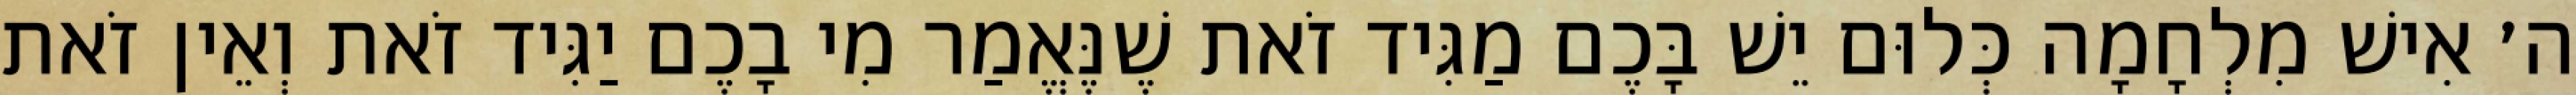
ה׳ אִישׁ מִלְחָמָה כְּלוּם יֵשׁ בָּכֶם מַגִּיד זֹאת שֶׁנֶּאֱמַר מִי בָכֶם יַגִּיד זֹאת וְאֵין זֹאת